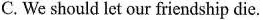
C. We should let our friendship die.